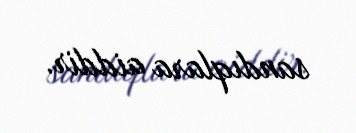
sandıqlara aiddir.